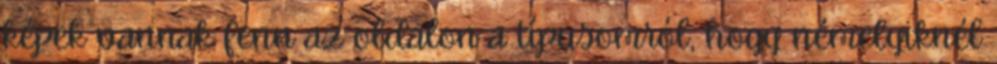
képek vannak fenn az oldalon a típusomról, hogy némelyiknél